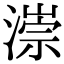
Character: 漴